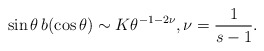
\begin{align*}\sin\theta \, b(\cos\theta) \sim K \theta^{-1-2\nu}, \nu = \frac{1}{s-1}.\end{align*}